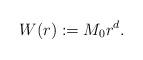
LaTeX: \begin{align*}W(r):=M_{0} r^{d}.\end{align*}